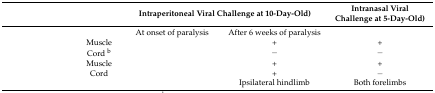
<table><thead><tr><td colspan="2">[EMPTY_CELL]</td><td colspan="2"><b>Intraperitoneal Viral Challenge at 10-Day-Old)</b></td><td><b>Intranasal Viral Challenge at 5-Day-Old)</b></td></tr></thead><tbody><tr><td>[EMPTY_CELL]</td><td>[EMPTY_CELL]</td><td>At onset of paralysis</td><td>After 6 weeks of paralysis</td><td>[EMPTY_CELL]</td></tr><tr><td>[EMPTY_CELL]</td><td>Muscle</td><td>[EMPTY_CELL]</td><td>+</td><td>+</td></tr><tr><td>[EMPTY_CELL]</td><td>Cord <sup>b</sup></td><td>[EMPTY_CELL]</td><td>−</td><td>−</td></tr><tr><td>[EMPTY_CELL]</td><td>Muscle</td><td>[EMPTY_CELL]</td><td>+</td><td>+</td></tr><tr><td>[EMPTY_CELL]</td><td>Cord</td><td>[EMPTY_CELL]</td><td>+</td><td>−</td></tr><tr><td>[EMPTY_CELL]</td><td>[EMPTY_CELL]</td><td>[EMPTY_CELL]</td><td>Ipsilateral hindlimb</td><td>Both forelimbs</td></tr></tbody></table>